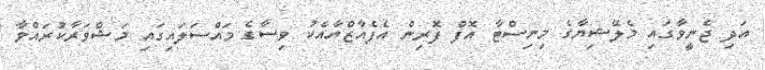
އަދި ޖެނީވާގައި މެލޭޝިޔާގެ މިނިސްޓާ އޮފް ފޮރިން އެފެއާޒްއާއެކު ވިސާގެ މައްސަލައިގައި މަޝްވަރާކުރައްވާ